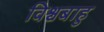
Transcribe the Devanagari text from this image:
विश्वबाहु